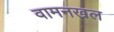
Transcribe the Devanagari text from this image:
वामनखल